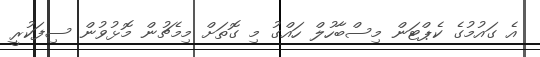
އެ ގައުމުގެ ކެޕްޓަން މިސްބާހުލް ހައްގު މި ގޮތަށް މިމެޗުން މޮޅުވުން ސިފަކުރީ